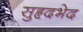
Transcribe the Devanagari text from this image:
सुहृदभेद